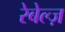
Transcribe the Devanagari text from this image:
रेबेल्ज़